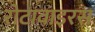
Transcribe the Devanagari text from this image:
रोटावाइरस